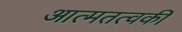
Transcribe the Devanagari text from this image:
आत्मतत्वकी